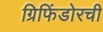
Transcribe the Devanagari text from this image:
ग्रिफिंडोरची